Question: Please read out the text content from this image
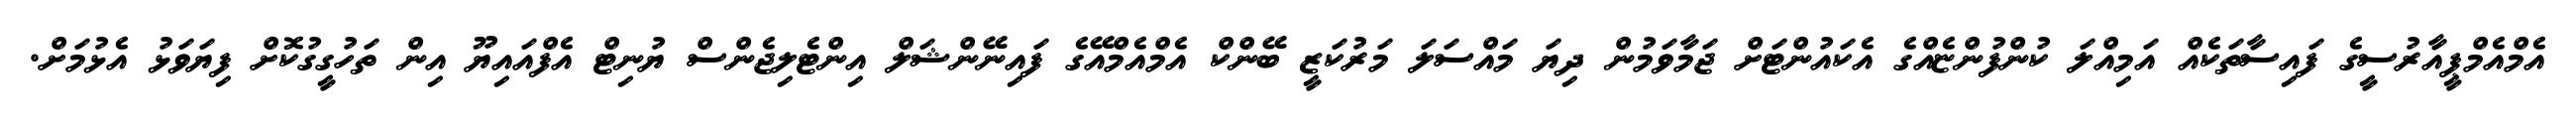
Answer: އެމްއެމްޕީއާރުސީގެ ފައިސާތަކެއް އަމިއްލަ ކުންފުންޏެއްގެ އެކައުންޓަށް ޖަމާވަމުން ދިޔަ މައްސަލަ މަރުކަޒީ ބޭންކް އެމްއެމްއޭގެ ފައިނޭންޝަލް އިންޓެލިޖެންސް ޔުނިޓް އެފްއައިޔޫ އިން ތަހުގީގުކޮށް ފިޔަވަޅު އެޅުމަށް.